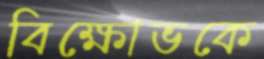
বিক্ষোভকে